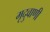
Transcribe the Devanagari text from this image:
मृदुवाणी